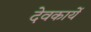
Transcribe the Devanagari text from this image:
देवकार्ये